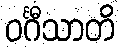
ဝင်္ဂီသာတိ